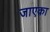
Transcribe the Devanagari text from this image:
जाएक़ा